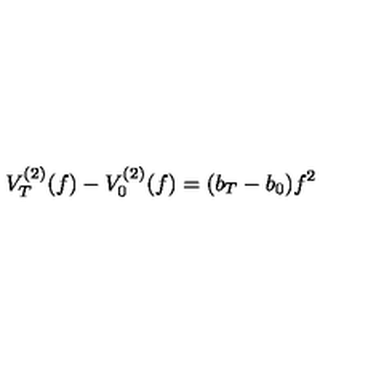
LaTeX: V _ { T } ^ { ( 2 ) } ( f ) - V _ { 0 } ^ { ( 2 ) } ( f ) = ( b _ { T } - b _ { 0 } ) f ^ { 2 }